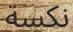
نكسة